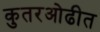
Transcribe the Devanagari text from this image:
कुतरओढीत